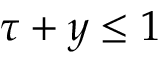
\tau + y \leq 1